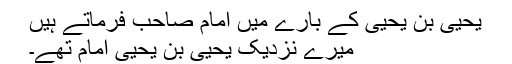
یحییٰ بن یحییٰ کے بارے میں امام صاحب فرماتے ہیں
میرے نزدیک یحییٰ بن یحییٰ امام تھے۔